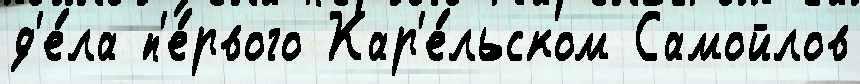
д'е́ла п'е́рвого Кар'е́льском Самойлов